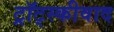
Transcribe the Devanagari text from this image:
ट्रॉट्स्कीवाद